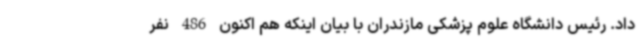
داد. رئیس دانشگاه علوم پزشکی مازندران با بیان اینکه هم اکنون 486 نفر